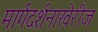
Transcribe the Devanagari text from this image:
मार्गदर्शनाखेरीज